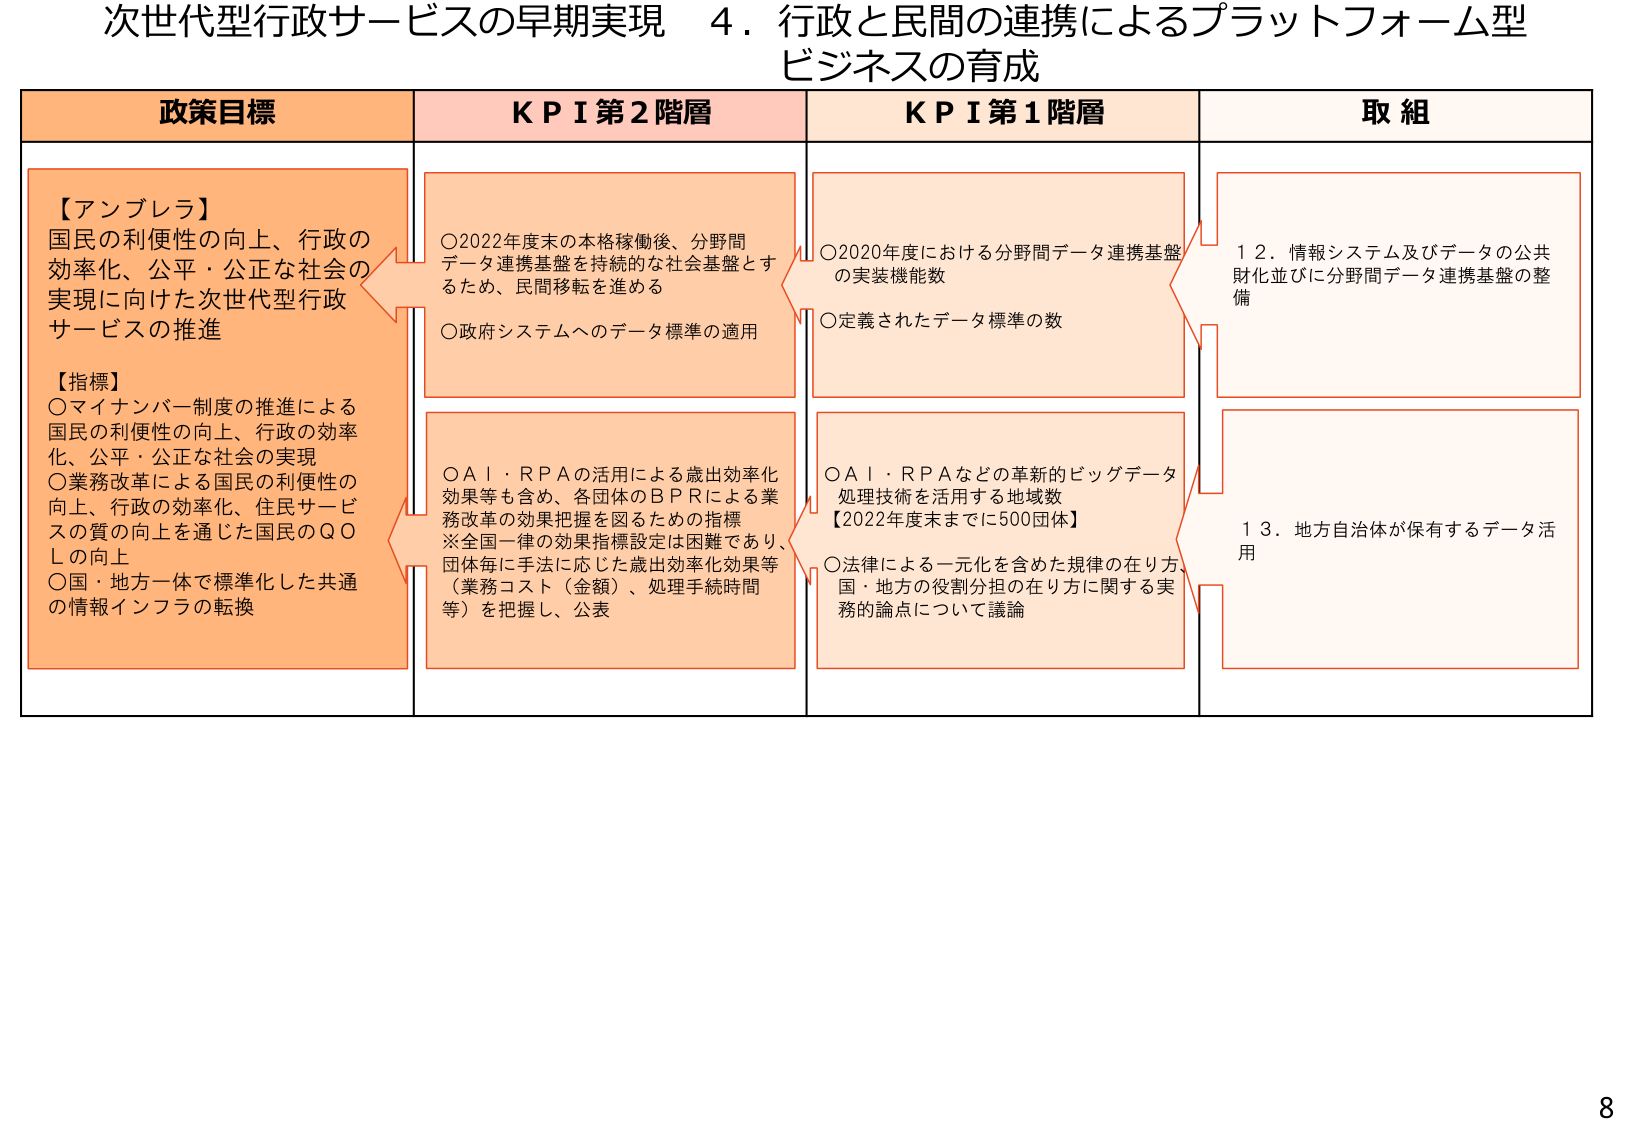
次世代型行政サービスの早期実現　４．行政と民間の連携によるプラットフォーム型ビジネスの育成

政策目標
【アンブレラ】
国民の利便性の向上、行政の効率化、公平・公正な社会の実現に向けた次世代型行政サービスの推進

【指標】
○マイナンバー制度の推進による国民の利便性の向上、行政の効率化、公平・公正な社会の実現
○業務改革による国民の利便性の向上、行政の効率化、住民サービスの質の向上を通じた国民のQOLの向上
○国・地方一体で標準化した共通の情報インフラの転換

ＫＰＩ第２階層
○2022年度末の本格稼働後、分野間データ連携基盤を持続的な社会基盤とするため、民間移転を進める
○政府システムへのデータ標準の適用
○ＡＩ・ＲＰＡの活用による歳出効率化効果等も含め、各団体のＢＰＲによる業務改革の効果把握を図るための指標
※全国一律の効果指標設定は困難であり、団体毎に手法に応じた歳出効率化効果等（業務コスト（金額）、処理手続時間等）を把握し、公表

ＫＰＩ第１階層
○2020年度における分野間データ連携基盤の実装機能数
○定義されたデータ標準の数
○ＡＩ・ＲＰＡなどの革新的ビッグデータ処理技術を活用する地域数
【2022年度末までに500団体】
○法律による一元化を含めた規律の在り方、国・地方の役割分担の在り方に関する実務的論点について議論

取組
１２．情報システム及びデータの公共財化並びに分野間データ連携基盤の整備
１３．地方自治体が保有するデータ活用

8